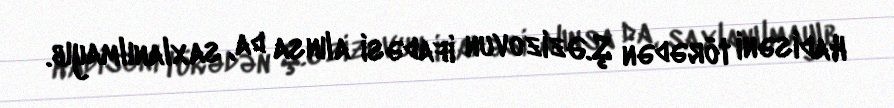
Hadisəni törədən Ş.Əzizovun ifadəsi alınsa da, saxlanılmayıb.